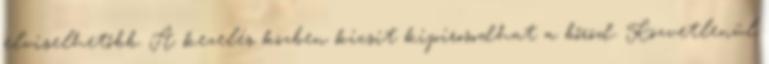
elviselhetőbb. A kezelés közben kicsit kipirosodhat a bőröd. Közvetlenül